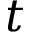
t